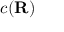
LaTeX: c ( \mathbf { R } )